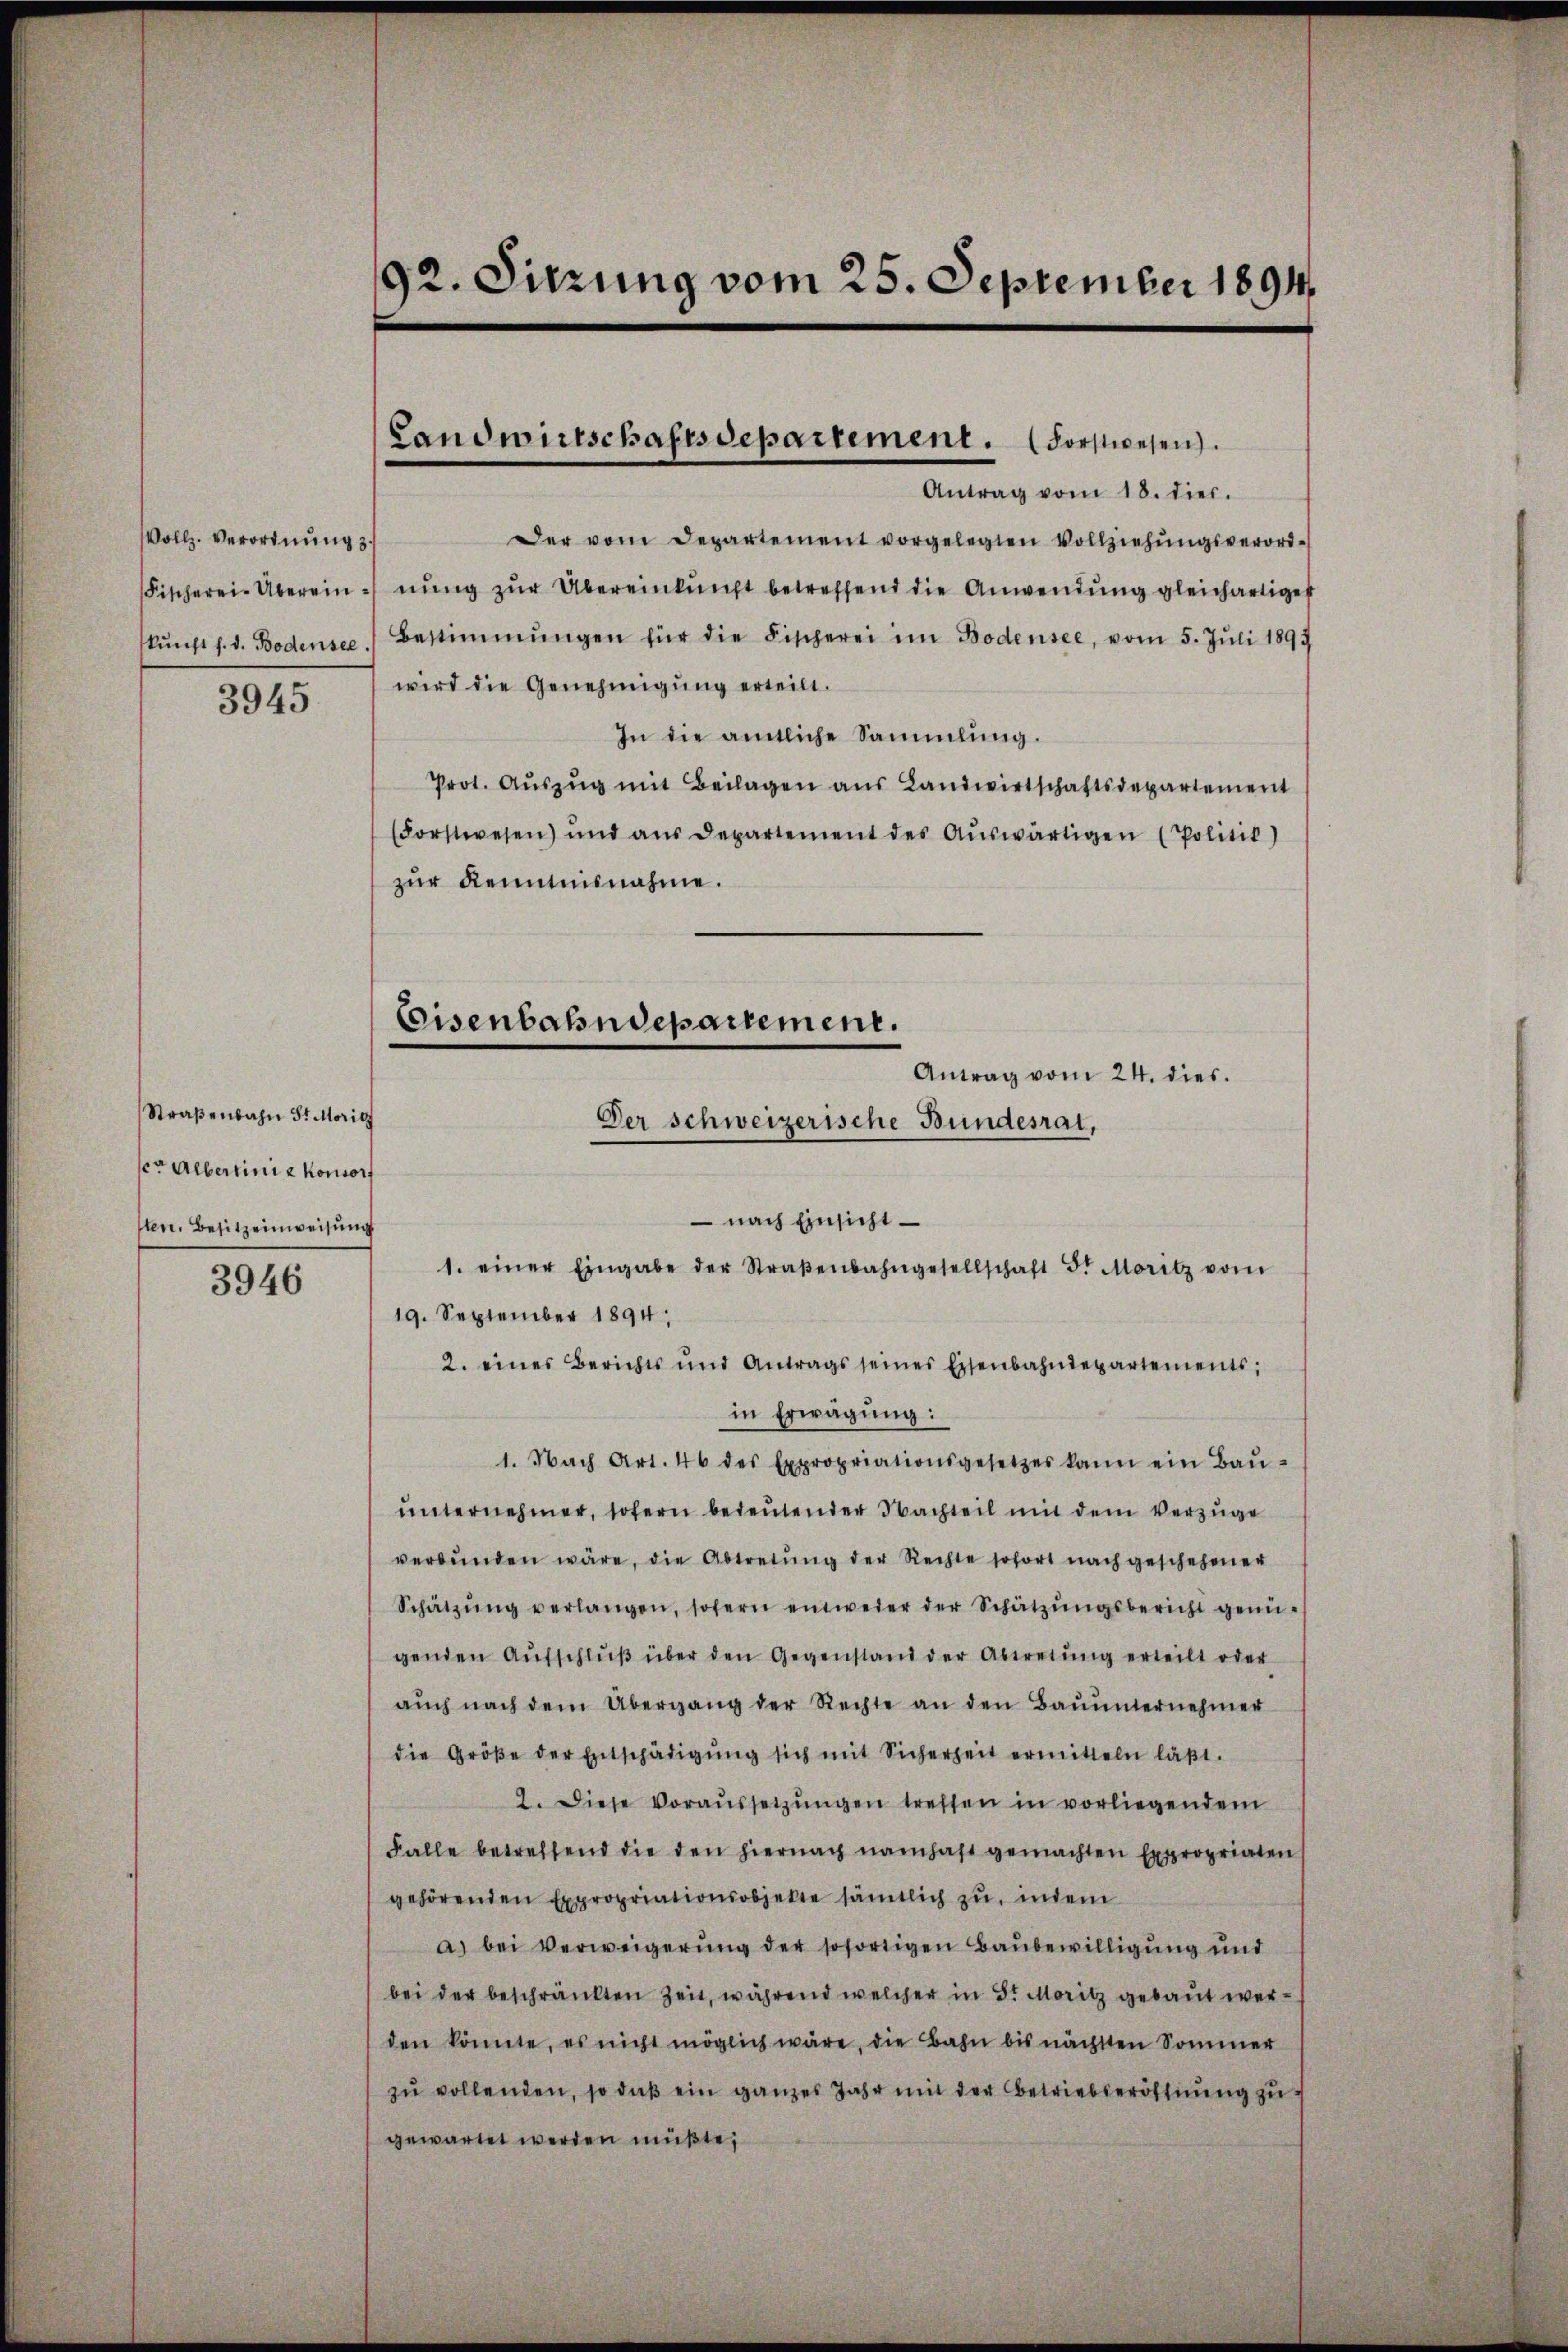
Vollz. Verordnung
Fischerei-Übereinkŭnft s. d. Bodensee,

3945

Straßenbahn St. Moricz
er Albertinie Konsorf
sten. Besitzeinweisung

3946

92. Sitzung vom 25. September 1894.

Landwirtschaftsdepartement. (Forstwesen.

Antrag vom 18. dies.
Der vom Departement vorgelegten Vollziehŭngsverord-
nung zŭr Übereinkunft betreffend die Anwendung gleichartige
Bestimmungen für die Fischerei im Bodensee, vom 5. Jŭli 1893
wird die Genehmigung erteilt.
In die amtliche Sammlung.
Prot. Aŭszŭg mit Beilagen aus Landwirtschaftsdepartement
(Forstwesen und aus Departement des Aŭswärtigen (Politik)
zur Kenntnisnahme.
Antrag vom 24. dies
Der schweizerische Bundesrat,
 nach Einsicht
1. einer Eingabe der Straβenbahngesellschaft 5. Moritz vom
19. September 1894.
2. eines Berichts und Antrags seines Eisenbahndepartements;
in Erwägung:
1. Nach Art. 46 des Expropriationsgesetzes kann ein Baŭ-
ŭnternehmer, sofern bedeŭtender Nachteil mit dem Vorzüge
verbŭnden wäre, die Abtretŭng der Rechte sofort nach geschehener
Schätzŭng verlangen, sofern entweder der Schätzŭngsbericht genü-
genden Aŭfschlŭβ über den Gegenstand der Abtretŭng erteilt oder
aŭch nach dem Übergang der Rechte an den Baŭŭnternehmer
die Größe der Entschädigŭng sich mit Sicherheit ermitteln läßt.
2. Diese Voraŭssetzŭngen treffen in vorliegendem
Falle betreffend die den hiernach namhaft gemachten Expropriaten
gehörenden Expropriationsobjekte sämtlich zu, indem
a) bei Verweigerung der sofortigen Baubewilligung und
bei der beschränkten Zeit, während welcher in St. Moritz gebaut werden könnte, es nicht möglich wäre, die Bahn bis nächsten Sommer
zŭ vollenden, so daβ ein ganzes Jahr mit der Betriebseröffnŭng zŭ
gewartet werden müßte;

Eisenbahndepartement.